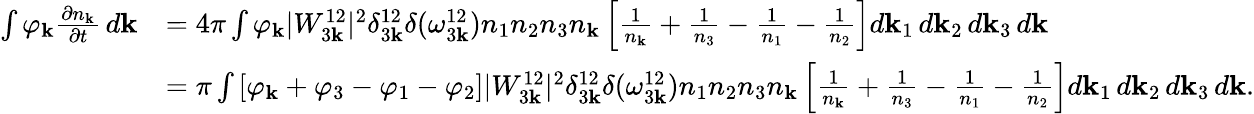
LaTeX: \begin{array}{rl}{\int\varphi_{\mathbf k}\frac{\partial n_{\mathbf k}}{\partial t}\, d{\mathbf k}}&{=4\pi\int\varphi_{\mathbf k}|W_{3{\mathbf k}}^{12}|^{2}\delta_{3{\mathbf k}}^{12}\delta(\omega_{3{\mathbf k}}^{12})n_{1}n_{2}n_{3}n_{\mathbf k}\left[\frac{1}{n_{\mathbf k}}+\frac{1}{n_{3}}-\frac{1}{n_{1}}-\frac{1}{n_{2}}\right]d{\mathbf k}_{1}\, d{\mathbf k}_{2}\, d{\mathbf k}_{3}\, d{\mathbf k}}\\ &{=\pi\int\left[\varphi_{\mathbf k}+\varphi_{3}-\varphi_{1}-\varphi_{2}\right]|W_{3{\mathbf k}}^{12}|^{2}\delta_{3{\mathbf k}}^{12}\delta(\omega_{3{\mathbf k}}^{12})n_{1}n_{2}n_{3}n_{\mathbf k}\left[\frac{1}{n_{\mathbf k}}+\frac{1}{n_{3}}-\frac{1}{n_{1}}-\frac{1}{n_{2}}\right]d{\mathbf k}_{1}\, d{\mathbf k}_{2}\, d{\mathbf k}_{3}\, d{\mathbf k}.}\end{array}